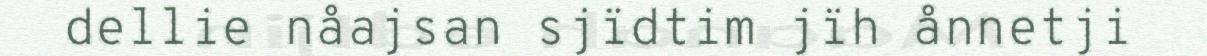
dellie nåajsan sjïdtim jïh ånnetji